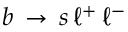
\, b \, \to \, s \, \ell ^ { + } \, \ell ^ { - }